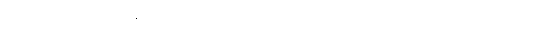
တကယ်တော့ တစ်ယောက်နဲ့တစ်ယောက် ချစ်ကြ၊ ခင်ကြ၊ ကြင်နာကြတယ်ဆိုတာ စိတ်ထားတတ်သူတွေအတွက်